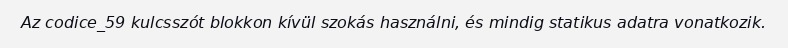
Az codice_59 kulcsszót blokkon kívül szokás használni, és mindig statikus adatra vonatkozik.